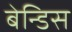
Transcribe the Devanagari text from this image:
बेन्डिस